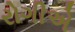
રોગીએ